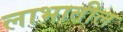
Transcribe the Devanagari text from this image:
लाभातील